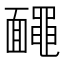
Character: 𪓱